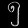
Digit: ၅